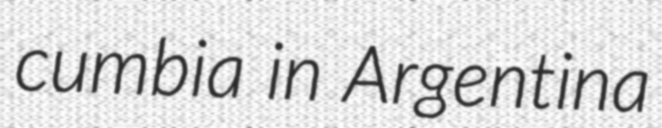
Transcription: cumbia in Argentina